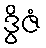
ဒွိဇံ